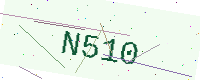
Text: N510